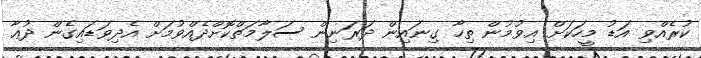
ކުރެއްވި އަޑު މީހަކަށް އިވުމުން ތިހާ ގިނައިން ދަރަނިން ސަލާމަތްކޮށްދެއްވުމަށް އެދިވަޑައިގެން ދުޢާ